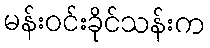
မန်းဝင်းခိုင်သန်းက